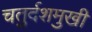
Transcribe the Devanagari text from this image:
चतुर्दशमुखी